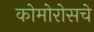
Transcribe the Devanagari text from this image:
कोमोरोसचे